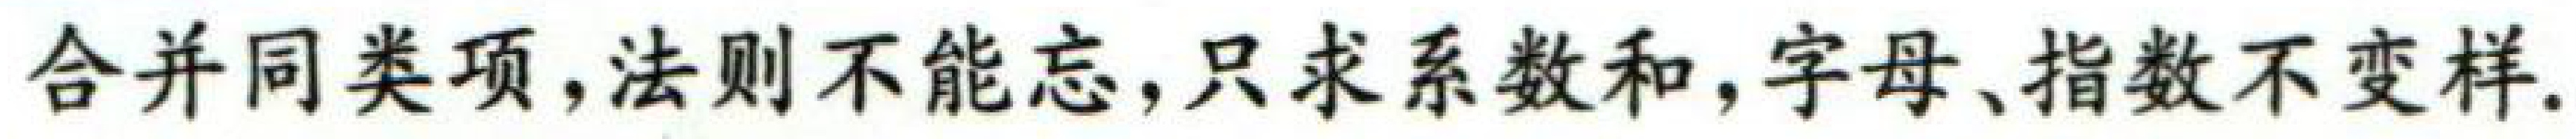
合并同类项,法则不能忘,只求系数和,字母、指数不变样.